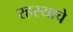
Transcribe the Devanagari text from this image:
रहस्याचे